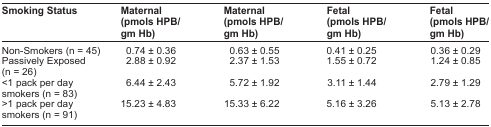
| Smoking Status | Maternal (pmols HPB/gm Hb) | Maternal (pmols HPB/gm Hb) | Fetal (pmols HPB/gm Hb) | Fetal (pmols HPB/gm Hb) |
 | --- | --- | --- | --- | --- |
 | Non-Smokers (n = 45) | 0.74 ± 0.36 | 0.63 ± 0.55 | 0.41 ± 0.25 | 0.36 ± 0.29 |
 | Passively Exposed (n = 26) | 2.88 ± 0.92 | 2.37 ± 1.53 | 1.55 ± 0.72 | 1.24 ± 0.85 |
 | <1 pack per day smokers (n = 83) | 6.44 ± 2.43 | 5.72 ± 1.92 | 3.11 ± 1.44 | 2.79 ± 1.29 |
 | >1 pack per day smokers (n = 91) | 15.23 ± 4.83 | 15.33 ± 6.22 | 5.16 ± 3.26 | 5.13 ± 2.78 |